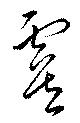
虞